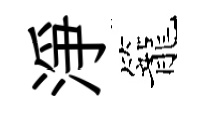
淨籠